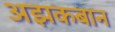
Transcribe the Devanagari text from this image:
अझकबान